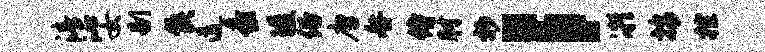
清沁女剔侯道黍陵俗唐咎侍肘抄；凝按控